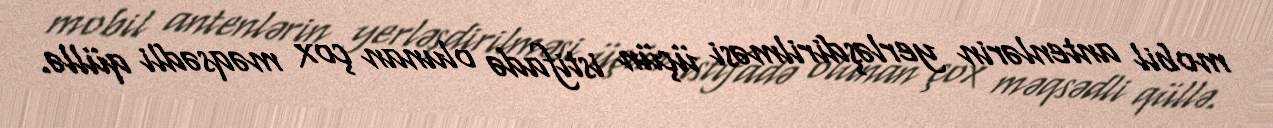
mobil antenlərin yerləşdirilməsi üçün istifadə olunan çox məqsədli qüllə.